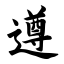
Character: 遵